Vaccination in Bombay 1869-1873 - 1869-1873
Year: 1869
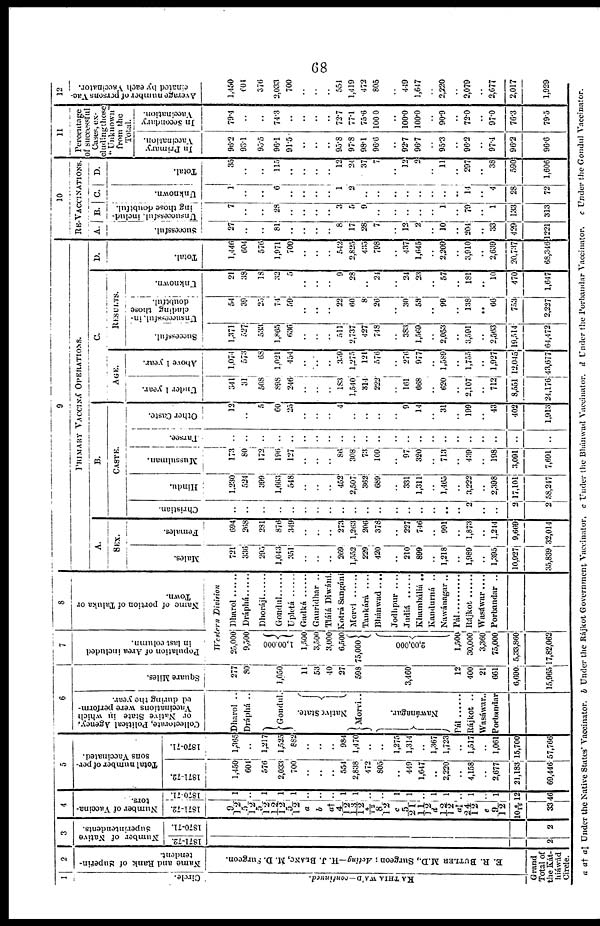
68
1
Circle.
KA THIA WA'D—continued.
2
Name and Rank of Superin-
tendent.
E. R. BUTLER M.D., Surgeon ; Acting—H. J. BLANC, M. D. Surgeon.
Grand
Total of
the Kát¬
hiáwád
Circle.
3
Number of Native
Superintendents.
1871-72.
2
1870-71.
2
4
Number of Vaccina-
tors.
1871-72.
9/12
5/12
5/12
12/12
5/12
a
b
a†
4/12
13/12
4/12
8/12
c
5/21
11/12
d
12/12
a‡
24/12
e
9/12
106/12
33
1870-71.
1
..
1
1
1
..
..
..
1
1
..
..
1
1
..
1
1
..
1
..
1
12
46
5
Total number of per-
sons Vaccinated.
1871-72.
1,450
604
576
2,033
700
..
..
..
554
2,838
472
805
..
449
1,647
..
2,220
..
4,158
..
2,677
21,183
69,446
1870-71.
1,365
..
1,217
1,525
832
..
..
..
984
1,470
..
..
1,275
1,314
..
1,367
1,723
..
1,517
..
1,061
15,700
57,766
6
Collectorate, Political Agency,
or Native State in which
Vaccinations were perform-
ed during the year.
Dharol ..
Dráphá ..
Gondul.
Native State
Morvi..
Nawánagar.
Pál ......
Rájkot ..
Wasáwar..
Porbandar
Square Miles.
277
80
1,050
11
53
40
27
598
3,460
12
400
21
661
6,690
15,965
7
Population of Area included
in last column.
8
Name of portion of Taluka or
Town.
Western
Division
25,000
9,500
1,00,000
1,500
3,500
3,000
6,500
75,000
2,00,000
1,500
30,000
3,360
75,000
5,33,860
17,82,062
Dharol ......
Dáphá ......
Dhoráji ......
Gondul
......
Upletú
......
Gadká
......
Gauridhar ..
Tláiá Diwání.
Kotrá Sangání
Morvi
Taukárá
....
Bhánwad ....
Jodhpur
....
Judiá
Khamháliá ..
Kandurná ..
Nawánagar ..
Pál
..........
Rájkot ......
Wasáwar....
Porbandar ..
9
PRIMARY VACCINE OPERATIONS.
A.
SEX.
Males.
721
336
295
1,043
351
..
..
..
269
1,552
229
420
..
210
899
..
1,218
..
1,989
..
1,395
10,927
35,839
Females.
694
268
281
876
349
..
..
..
273
1,263
206
378
..
227
746
..
991
..
1,873
..
1,214
9,669
32,014
B.
CASTE.
Christian.
..
..
..
..
..
..
..
..
..
..
..
..
..
..
..
..
..
..
2
..
..
2
2
Hindu.
1,230
524
399
1,663
548
..
..
..
452
2,507
302
689
..
331
1,311
..
1,465
..
3 222
..
2,398
17,101
58,247
Mussulman.
173
80
172
196
127
..
..
..
86
308
73
109
..
97
320
..
713
..
439
..
198
3,091
7,691
Parsee.
..
..
..
..
..
..
..
..
..
..
..
..
..
..
..
..
..
..
..
..
..
..
..
Other Caste.
12
..
5
60
25
..
..
..
4
..
..
..
..
9
14
..
31
..
199
..
43
402
1,913
C.
AGE.
Under 1 year.
341
31
508
898
246
..
..
..
183
1,540
314
..
..
161
668
.. 620
..
2,107
..
712
8,551
24,176
Above 1 year.
1,074
573
68
1,021
454
..
..
..
359
1,275
121
576
..
276
977
..
1,589
..
1,755
..
1,927
12,045
43,677
RESULTS.
Successful.
1,371
527
533
1,865
636
..
..
..
511
2,737
427
748
..
383
1,569
.. 2,053
..
3,591
..
2,563
19,514
64,472
Unsuccessful, in-
cluding those
doubtful.
54
39
25
74
59
..
..
..
22
60
8
26
..
30
53
..
99
..
138
..
66
753
2,227
Unknown.
21
38
18
32
5
..
..
..
9
28
..
24
..
24
23
..
57
..
181
..
10
470
1,647
D.
Total.
1,446
604
576
1,971
700
..
..
..
542
2,825
435
798
..
437
1,645
.. 2,209
..
3,910
..
2,639
20,737
68,346
10
RE-VACCINATIONS.
A.
Successful.
27
..
..
81
..
..
..
..
8
17
28
7
..
12
2
.. 10
..
204
..
33
429
1221
B.
Unsuccessful, includ¬
ing those doubtful.
7
..
..
28
..
..
..
..
3
5
9
..
..
..
..
.. 1
..
79
..
1
133
313
C.
Unknown.
1
..
..
6
..
..
..
..
1
2
..
..
..
..
..
..
..
..
14
..
4
28
72
D.
Total.
35
..
..
115
..
..
..
..
12
24
37
7
..
12
2
..
11
..
297
..
38
590
1,606
11
Percentage
of successful
Cases, ex¬
cluding these
"Unknown"
from the
Total.
In Primary
Vaccination.
96.2
93.1
95.5
96.1
91.5
..
..
..
95.8
97.3
98.1
96.6
..
92.7
96.7
.. 95.3
..
90.2
..
97.4
96.2
96.6
In Secondary
Vaccination.
79.4
..
..
74.3
..
..
..
..
72.7
77.1
75.6
100.0
..
100.0
100.0
.. 90.9
..
72.0
..
97.0
70.3
79.5
12
Average number of persons Vac-
cinated by each Vaccinator.
1,450
604
376
2,033
700
..
..
..
554
1,419
472
805
..
449
1,647
.. 2,220
..
2,079
..
2,677
2,017
1,929
a a† a‡ Under the Native States' Vaccinator. b Under the Rájkot Government Vaccinator. c Under the Bhánwad Vaccinator. d Under the Porbandar Vaccinator. e Under the Gondul Vaccinator.